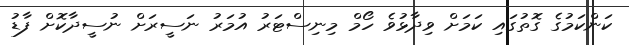
ކަންކަމުގެ ގޮތުގައި ކަމަށް ވިދާޅުވެ ހޯމް މިނިސްޓަރު އުމަރު ނަސީރަށް ނުސީދާކޮށް ފާޑު